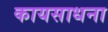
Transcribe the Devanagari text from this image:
कायसाधना